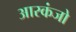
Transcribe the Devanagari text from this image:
आरकंजो